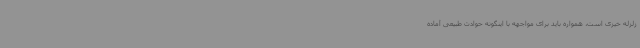
زلزله‌ خیزی است، همواره باید برای مواجهه با اینگونه حوادث طبیعی آماده